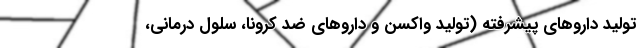
تولید داروهای پیشرفته (تولید واکسن و داروهای ضد کرونا، سلول درمانی،